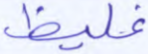
غليظ